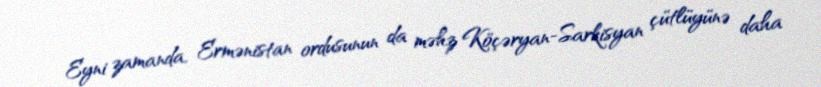
Eyni zamanda, Ermənistan ordusunun da məhz Köçəryan-Sarkisyan çütlüyünə daha